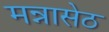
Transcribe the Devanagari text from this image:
मन्नासेठ